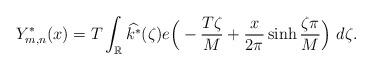
LaTeX: \begin{align*}Y_{m,n}^*(x) = T\int_\mathbb{R} \widehat{k^*}(\zeta) e\Big( -\frac{T\zeta}{M} + \frac{x}{2\pi} \sinh \frac{\zeta \pi}{M}\Big) ~d\zeta. \end{align*}